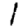
Digit: 1